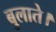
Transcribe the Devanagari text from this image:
बुलाते।